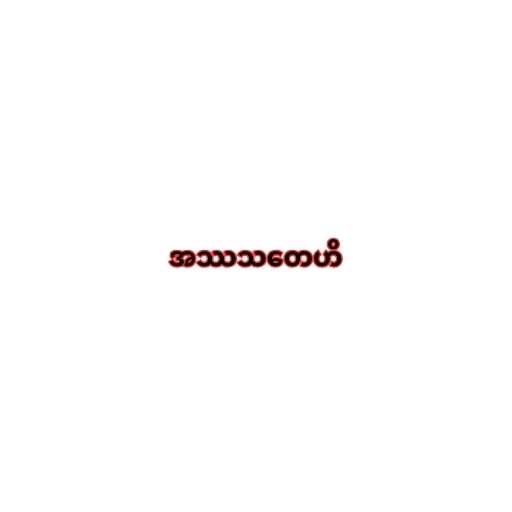
အဿသတေဟိ